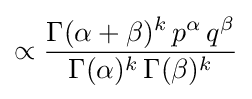
\propto {\frac {\Gamma (\alpha +\beta )^{k}\,p^{\alpha }\,q^{\beta }}{\Gamma (\alpha )^{k}\,\Gamma (\beta )^{k}}}